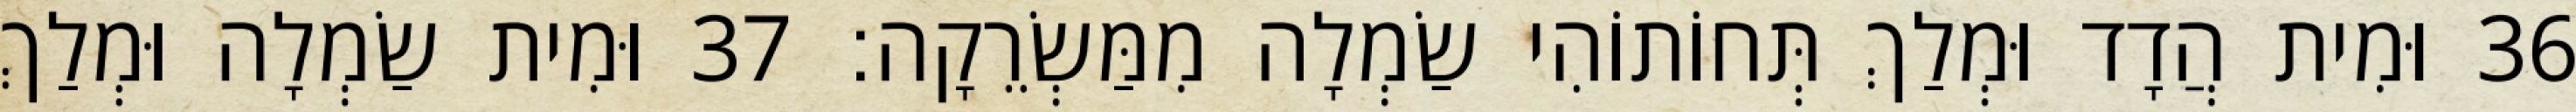
36 וּמִית הֲדָד וּמְלַךְ תְּחוֹתוֹהִי שַׂמְלָה מִמַּשְׂרֵקָה׃ 37 וּמִית שַׂמְלָה וּמְלַךְ